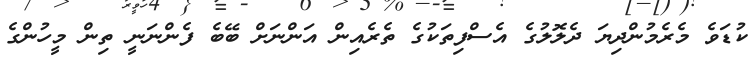
ކުޑަވެ މެރެމުންދިޔަ ދެލޮލުގެ އެސްފިތަކުގެ ތެރެއިން އަންނަށް ބޭބެ ފެންނަނީ ތިން މީހުންގެ